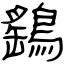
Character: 鷂